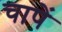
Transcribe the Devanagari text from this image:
चापें